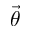
\vec { \theta }